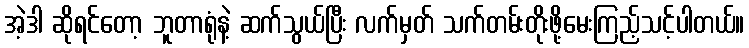
အဲ့ဒါ ဆိုရင်တော့ ဘူတာရုံနဲ့ ဆက်သွယ်ပြီး လက်မှတ် သက်တမ်းတိုးဖို့မေးကြည့်သင့်ပါတယ်။